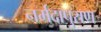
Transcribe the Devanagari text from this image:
नर्मदापुराण